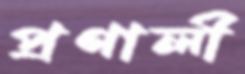
প্রণালী